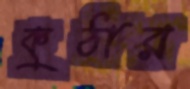
কুঠার